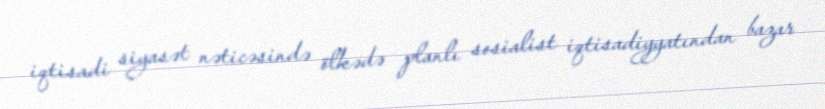
iqtisadi siyasət nəticəsində ölkədə planlı sosialist iqtisadiyyatından bazar